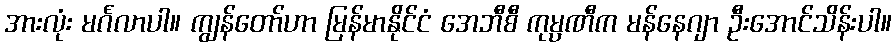
အားလုံး မင်္ဂလာပါ။ ကျွန်တော်ဟာ မြန်မာနိုင်ငံ အေဘီစီ ကုမ္ပဏီက မန်နေဂျာ ဦးအောင်သိန်းပါ။